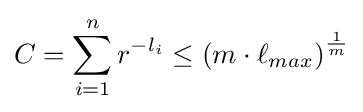
C=\sum _{i=1}^{n}r^{-l_{i}}\leq \left(m\cdot \ell _{max}\right)^{\frac {1}{m}}